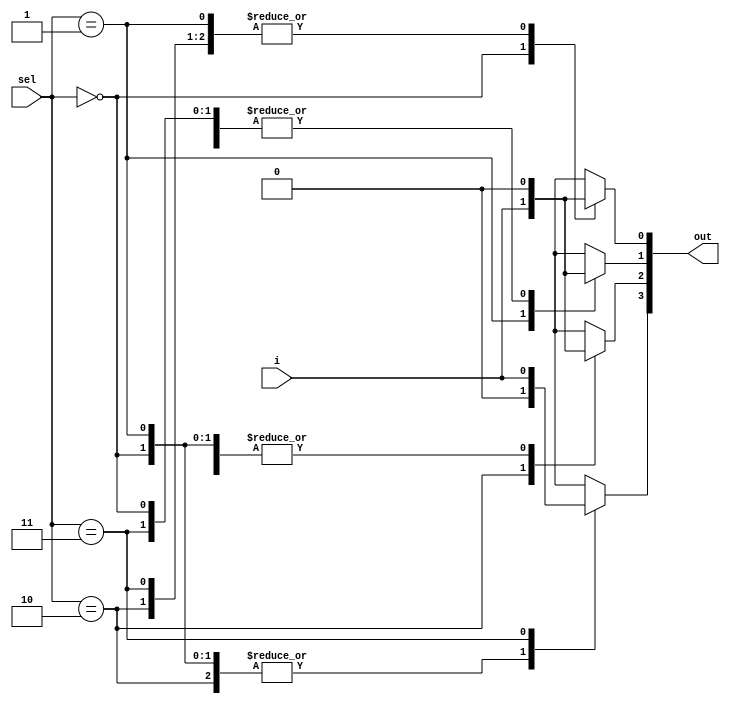
//case  1x4  

module dmux(i, sel, out);
	input		i; 
	input	[1:0]	sel; 
	output	[3:0]	out;

	reg	[3:0]	out;

	always @ (sel or i) 
	begin : dMUX
	 case (sel)
	    2'b00 : 
		begin
		out[0] = i;
                        out[1] = 1'b0;
                        out[2] = 1'b0;
                        out[3] = 1'b0;
                        end   	     
	    2'b01 : 
		begin
		out[0] = 1'b0;
                        out[1] = i;
                        out[2] = 1'b0;
                        out[3] = 1'b0;
                        end   
	    2'b10 :
		begin
		out[0] = 1'b0;
                        out[1] = 1'b0;
                        out[2] = i;
                        out[3] = 1'b0;
                        end   
                2'b11 :
		begin
		out[0] = 1'b0;
                        out[1] = 1'b0;
                        out[2] = 1'b0;
                        out[3] = i;
                        end   
	 endcase
            end
endmodule